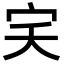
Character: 宎